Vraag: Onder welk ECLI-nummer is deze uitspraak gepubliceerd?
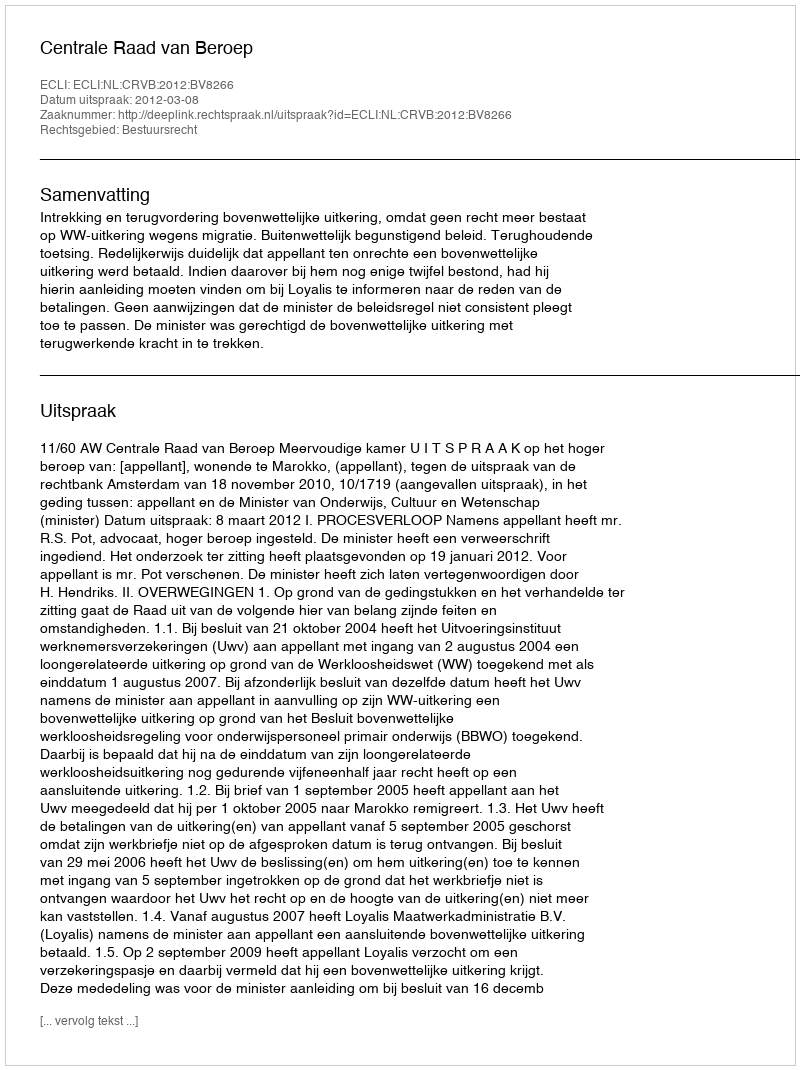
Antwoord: ECLI:NL:CRVB:2012:BV8266